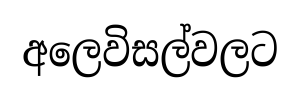
අලෙවිසල්වලට